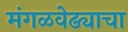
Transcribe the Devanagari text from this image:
मंगळवेढ्याचा